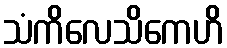
သံကိလေသိကေဟိ